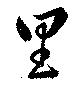
里